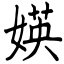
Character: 媖